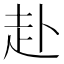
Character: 赴